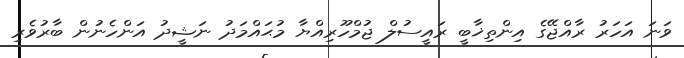
ވަނަ އަހަރު ރާއްޖޭގެ އިންތިޚާބީ ރައީސުލް ޖުމްހޫރިއްޔާ މުޙައްމަދު ނަޝީދު އަންހެނުން ބާރުވެރި